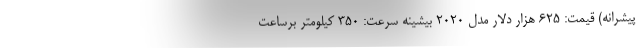
پیشرانه) قیمت: 625 هزار دلار مدل 2020 بیشینه سرعت: 350 کیلومتر برساعت